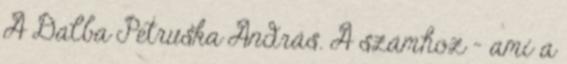
A Dalba Petruska András. A számhoz - ami a